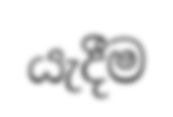
යැදීම